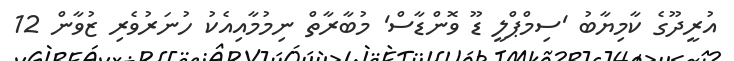
އުރީދޫގެ ކާމިޔާބު 'ސިމްޕްލީ ޑޫ ވޮންޑާސް' މުބާރާތް ނިމުމާއިއެކު ހުނަރުވެރި ޒުވާން 12